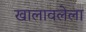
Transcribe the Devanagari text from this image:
खालावलेला